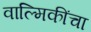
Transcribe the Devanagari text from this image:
वाल्मिकींचा